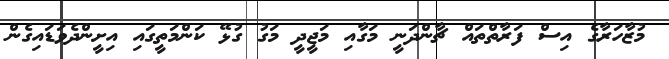
މުޒާހަރާގެ އިސް ފަރާތްތައް ޗާންދަނީ މަގާއި މަޖީދީ މަގު ގުޅޭ ކަންމަތީގައި އިށީންދެވަޑައިގެން